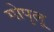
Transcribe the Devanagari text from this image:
गोपुलू